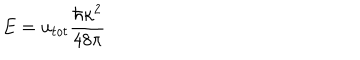
LaTeX: E = { u _ { t o t } } \frac { \hbar \kappa ^ { 2 } } { 4 8 \pi }